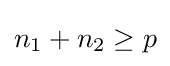
n_{1}+n_{2}\geq p